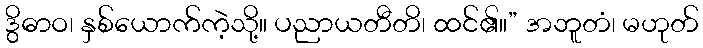
ဒွိဓာဝ၊ နှစ်ယောက်ကဲ့သို့။ ပညာယတီတိ၊ ထင်၏။” အဘူတံ၊ မဟုတ်